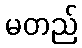
မတည်